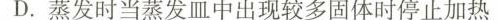
D.蒸发时当蒸发皿中出现较多固体时停止加热